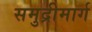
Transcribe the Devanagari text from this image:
समुद्रीमार्ग